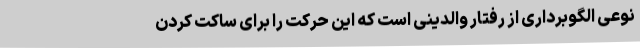
نوعی الگوبرداری از رفتار والدینی است که این حرکت را برای ساکت کردن